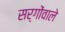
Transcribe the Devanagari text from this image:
सर्गोंवाले